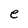
Character: e